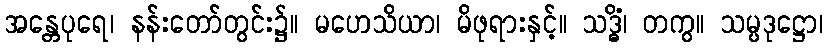
အန္တေပုရေ၊ နန်းတော်တွင်း၌။ မဟေသိယာ၊ မိဖုရားနှင့်။ သဒ္ဓိံ၊ တကွ။ သမ္ပဒုဋ္ဌော၊